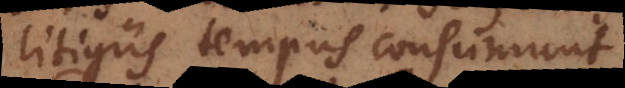
litigiis tempus consumunt.